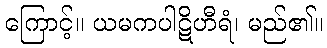
ကြောင့်။ ယမကပါဋိဟီရံ၊ မည်၏။